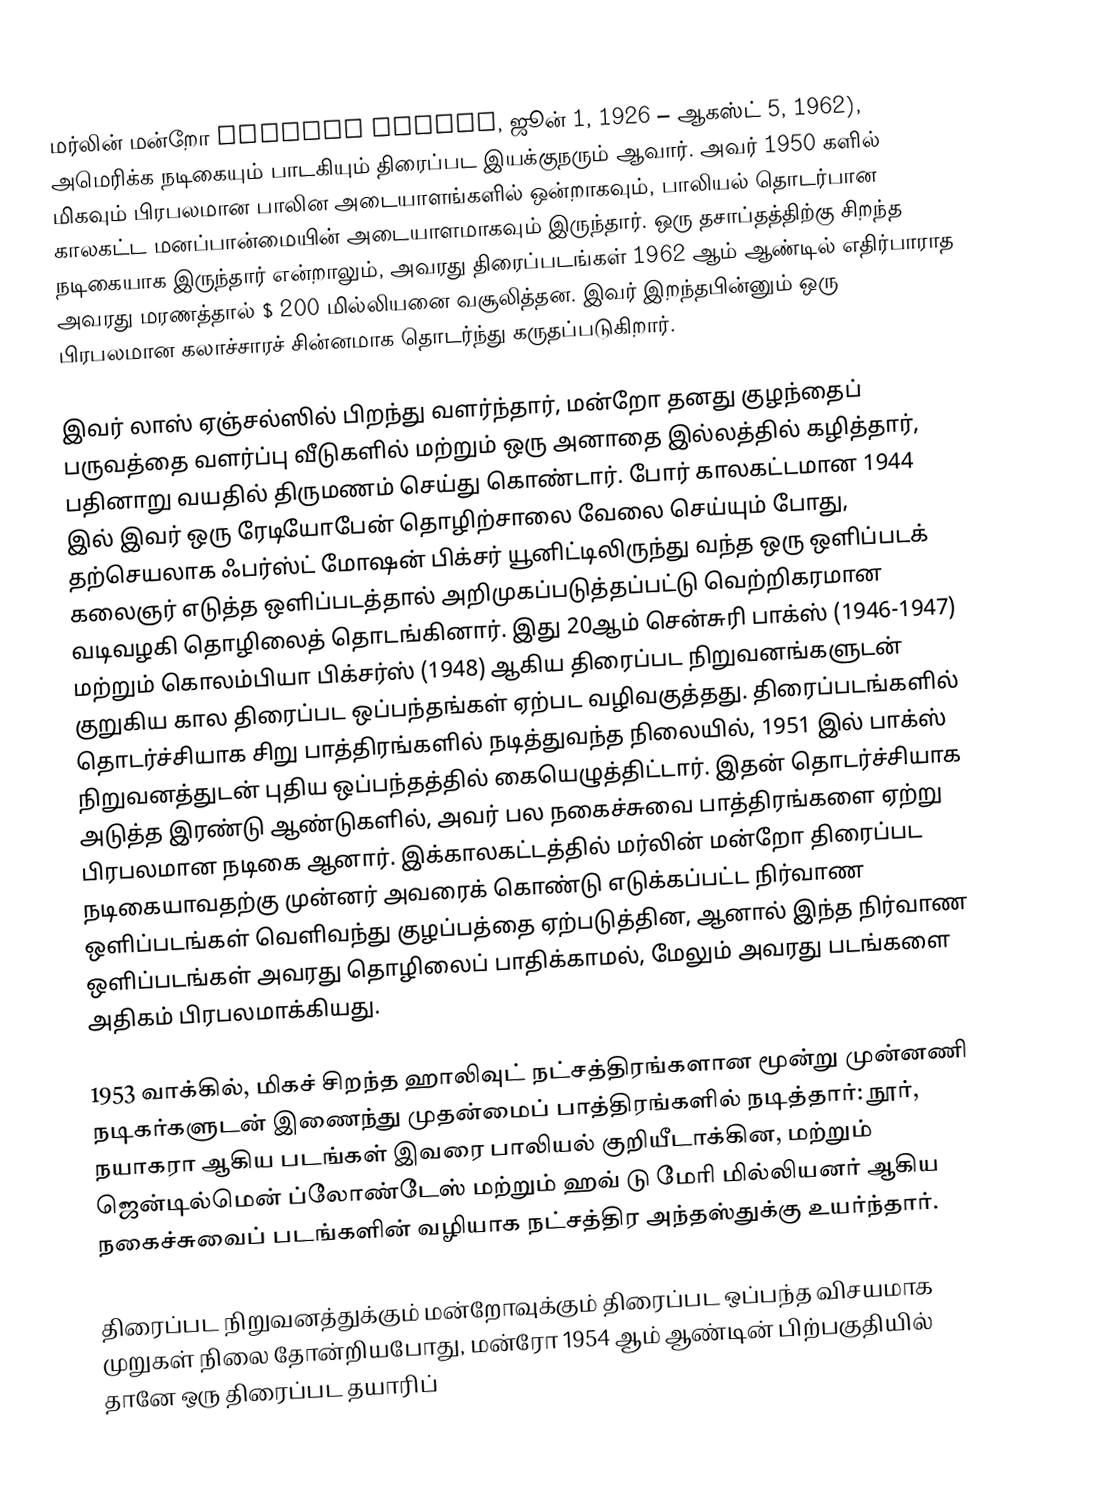
மர்லின் மன்றோ Marilyn Monroe, ஜூன் 1, 1926 – ஆகஸ்ட் 5, 1962), அமெரிக்க நடிகையும் பாடகியும் திரைப்பட இயக்குநரும் ஆவார்.   அவர் 1950 களில் மிகவும் பிரபலமான பாலின அடையாளங்களில் ஒன்றாகவும், பாலியல் தொடர்பான காலகட்ட மனப்பான்மையின் அடையாளமாகவும் இருந்தார். ஒரு தசாப்தத்திற்கு சிறந்த நடிகையாக இருந்தார் என்றாலும், அவரது திரைப்படங்கள் 1962 ஆம் ஆண்டில் எதிர்பாராத அவரது மரணத்தால் $ 200 மில்லியனை வசூலித்தன.  இவர் இறந்தபின்னும் ஒரு பிரபலமான கலாச்சாரச் சின்னமாக தொடர்ந்து கருதப்படுகிறார்.

இவர் லாஸ் ஏஞ்சல்ஸில் பிறந்து வளர்ந்தார், மன்றோ தனது குழந்தைப் பருவத்தை வளர்ப்பு வீடுகளில் மற்றும் ஒரு அனாதை இல்லத்தில் கழித்தார், பதினாறு வயதில் திருமணம் செய்து கொண்டார். போர் காலகட்டமான 1944 இல் இவர் ஒரு ரேடியோபேன் தொழிற்சாலை வேலை செய்யும் போது, தற்செயலாக ஃபர்ஸ்ட் மோஷன் பிக்சர் யூனிட்டிலிருந்து வந்த ஒரு ஒளிப்படக் கலைஞர் எடுத்த ஒளிப்படத்தால் அறிமுகப்படுத்தப்பட்டு வெற்றிகரமான வடிவழகி தொழிலைத் தொடங்கினார். இது  20ஆம் சென்சுரி பாக்ஸ் (1946-1947) மற்றும் கொலம்பியா பிக்சர்ஸ் (1948) ஆகிய திரைப்பட நிறுவனங்களுடன் குறுகிய கால திரைப்பட ஒப்பந்தங்கள் ஏற்பட வழிவகுத்தது. திரைப்படங்களில் தொடர்ச்சியாக சிறு பாத்திரங்களில் நடித்துவந்த நிலையில், 1951 இல் பாக்ஸ் நிறுவனத்துடன் புதிய ஒப்பந்தத்தில் கையெழுத்திட்டார். இதன் தொடர்ச்சியாக அடுத்த இரண்டு ஆண்டுகளில், அவர் பல நகைச்சுவை பாத்திரங்களை ஏற்று பிரபலமான நடிகை ஆனார். இக்காலகட்டத்தில் மர்லின் மன்றோ திரைப்பட நடிகையாவதற்கு முன்னர் அவரைக் கொண்டு எடுக்கப்பட்ட நிர்வாண ஒளிப்படங்கள் வெளிவந்து குழப்பத்தை ஏற்படுத்தின,  ஆனால் இந்த நிர்வாண ஒளிப்படங்கள் அவரது தொழிலைப் பாதிக்காமல், மேலும் அவரது படங்களை அதிகம் பிரபலமாக்கியது.

1953 வாக்கில், மிகச் சிறந்த ஹாலிவுட் நட்சத்திரங்களான மூன்று முன்னணி நடிகர்களுடன் இணைந்து முதன்மைப் பாத்திரங்களில் நடித்தார்: நூர், நயாகரா ஆகிய படங்கள் இவரை பாலியல் குறியீடாக்கின, மற்றும் ஜென்டில்மென் ப்லோண்டேஸ் மற்றும் ஹவ் டு மேரி மில்லியனர் ஆகிய நகைச்சுவைப் படங்களின் வழியாக நட்சத்திர அந்தஸ்துக்கு உயர்ந்தார்.

திரைப்பட நிறுவனத்துக்கும் மன்றோவுக்கும் திரைப்பட ஒப்பந்த விசயமாக முறுகள் நிலை தோன்றியபோது, மன்ரோ 1954 ஆம் ஆண்டின் பிற்பகுதியில் தானே ஒரு திரைப்பட தயாரிப்